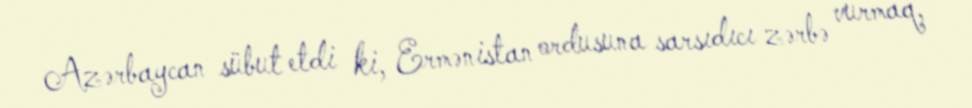
Azərbaycan sübut etdi ki, Ermənistan ordusuna sarsıdıcı zərbə vurmaq,